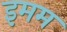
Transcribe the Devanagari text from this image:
इमम